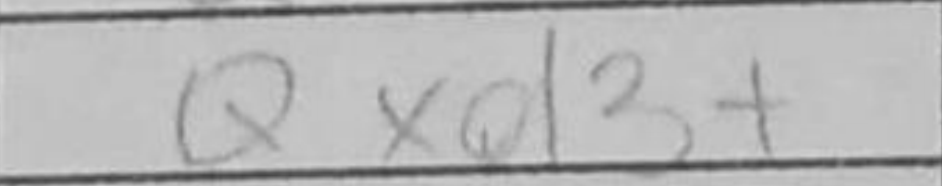
Transcription: Qxd3+